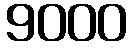
9000